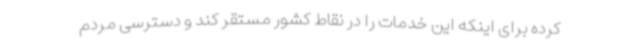
کرده برای اینکه این خدمات را در نقاط کشور مستقر کند و دسترسی مردم